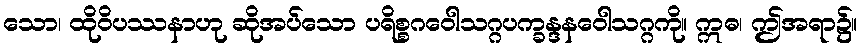
သော၊ ထိုဝိပဿနာဟု ဆိုအပ်သော ပရိစ္စဂဝေါသဂ္ဂပက္ခန္ဒနဝေါသဂ္ဂကို။ ဣဓ၊ ဤအရာ၌။